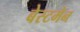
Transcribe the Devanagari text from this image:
बेस्टमेन